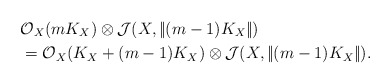
\begin{align*}&\mathcal O_X(mK_X)\otimes \mathcal J(X, |\!| (m-1)K_X|\!|)\\ &=\mathcal O_X(K_X+(m-1)K_X)\otimes \mathcal J(X, |\!| (m-1)K_X|\!|).\end{align*}